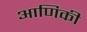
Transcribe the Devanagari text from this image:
आणिकी